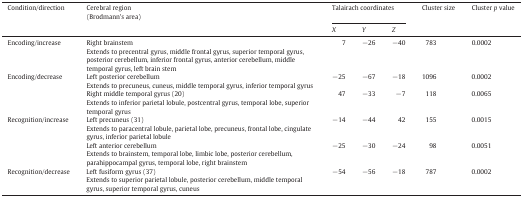
<table><thead><tr><td rowspan="2"><b>Condition/direction</b></td><td rowspan="2"><b>Cerebral region(Brodmann’s area)</b></td><td colspan="3"><b>Talairach coordinates</b></td><td rowspan="2"><b>Cluster size</b></td><td rowspan="2"><b>Cluster <i>p</i> value</b></td></tr><tr><td><b><i>X</i></b></td><td><b><i>Y</i></b></td><td><b><i>Z</i></b></td></tr></thead><tbody><tr><td>Encoding/increase</td><td>Right brainstemExtends to precentral gyrus, middle frontal gyrus, superior temporal gyrus, posterior cerebellum, inferior frontal gyrus, anterior cerebellum, middle temporal gyrus, left brain stem</td><td>7</td><td>−26</td><td>−40</td><td>783</td><td>0.0002</td></tr><tr><td>Encoding/decrease</td><td>Left posterior cerebellumExtends to precuneus, cuneus, middle temporal gyrus, inferior temporal gyrus</td><td>−25</td><td>−67</td><td>−18</td><td>1096</td><td>0.0002</td></tr><tr><td></td><td>Right middle temporal gyrus (20)Extends to inferior parietal lobule, postcentral gyrus, temporal lobe, superior temporal gyrus</td><td>47</td><td>−33</td><td>−7</td><td>118</td><td>0.0065</td></tr><tr><td>Recognition/increase</td><td>Left precuneus (31)Extends to paracentral lobule, parietal lobe, precuneus, frontal lobe, cingulate gyrus, inferior parietal lobule</td><td>−14</td><td>−44</td><td>42</td><td>155</td><td>0.0015</td></tr><tr><td></td><td>Left anterior cerebellumExtends to brainstem, temporal lobe, limbic lobe, posterior cerebellum, parahippocampal gyrus, temporal lobe, right brainstem</td><td>−25</td><td>−30</td><td>−24</td><td>98</td><td>0.0051</td></tr><tr><td>Recognition/decrease</td><td>Left fusiform gyrus (37)Extends to superior parietal lobule, posterior cerebellum, middle temporal gyrus, superior temporal gyrus, cuneus</td><td>−54</td><td>−56</td><td>−18</td><td>787</td><td>0.0002</td></tr></tbody></table>